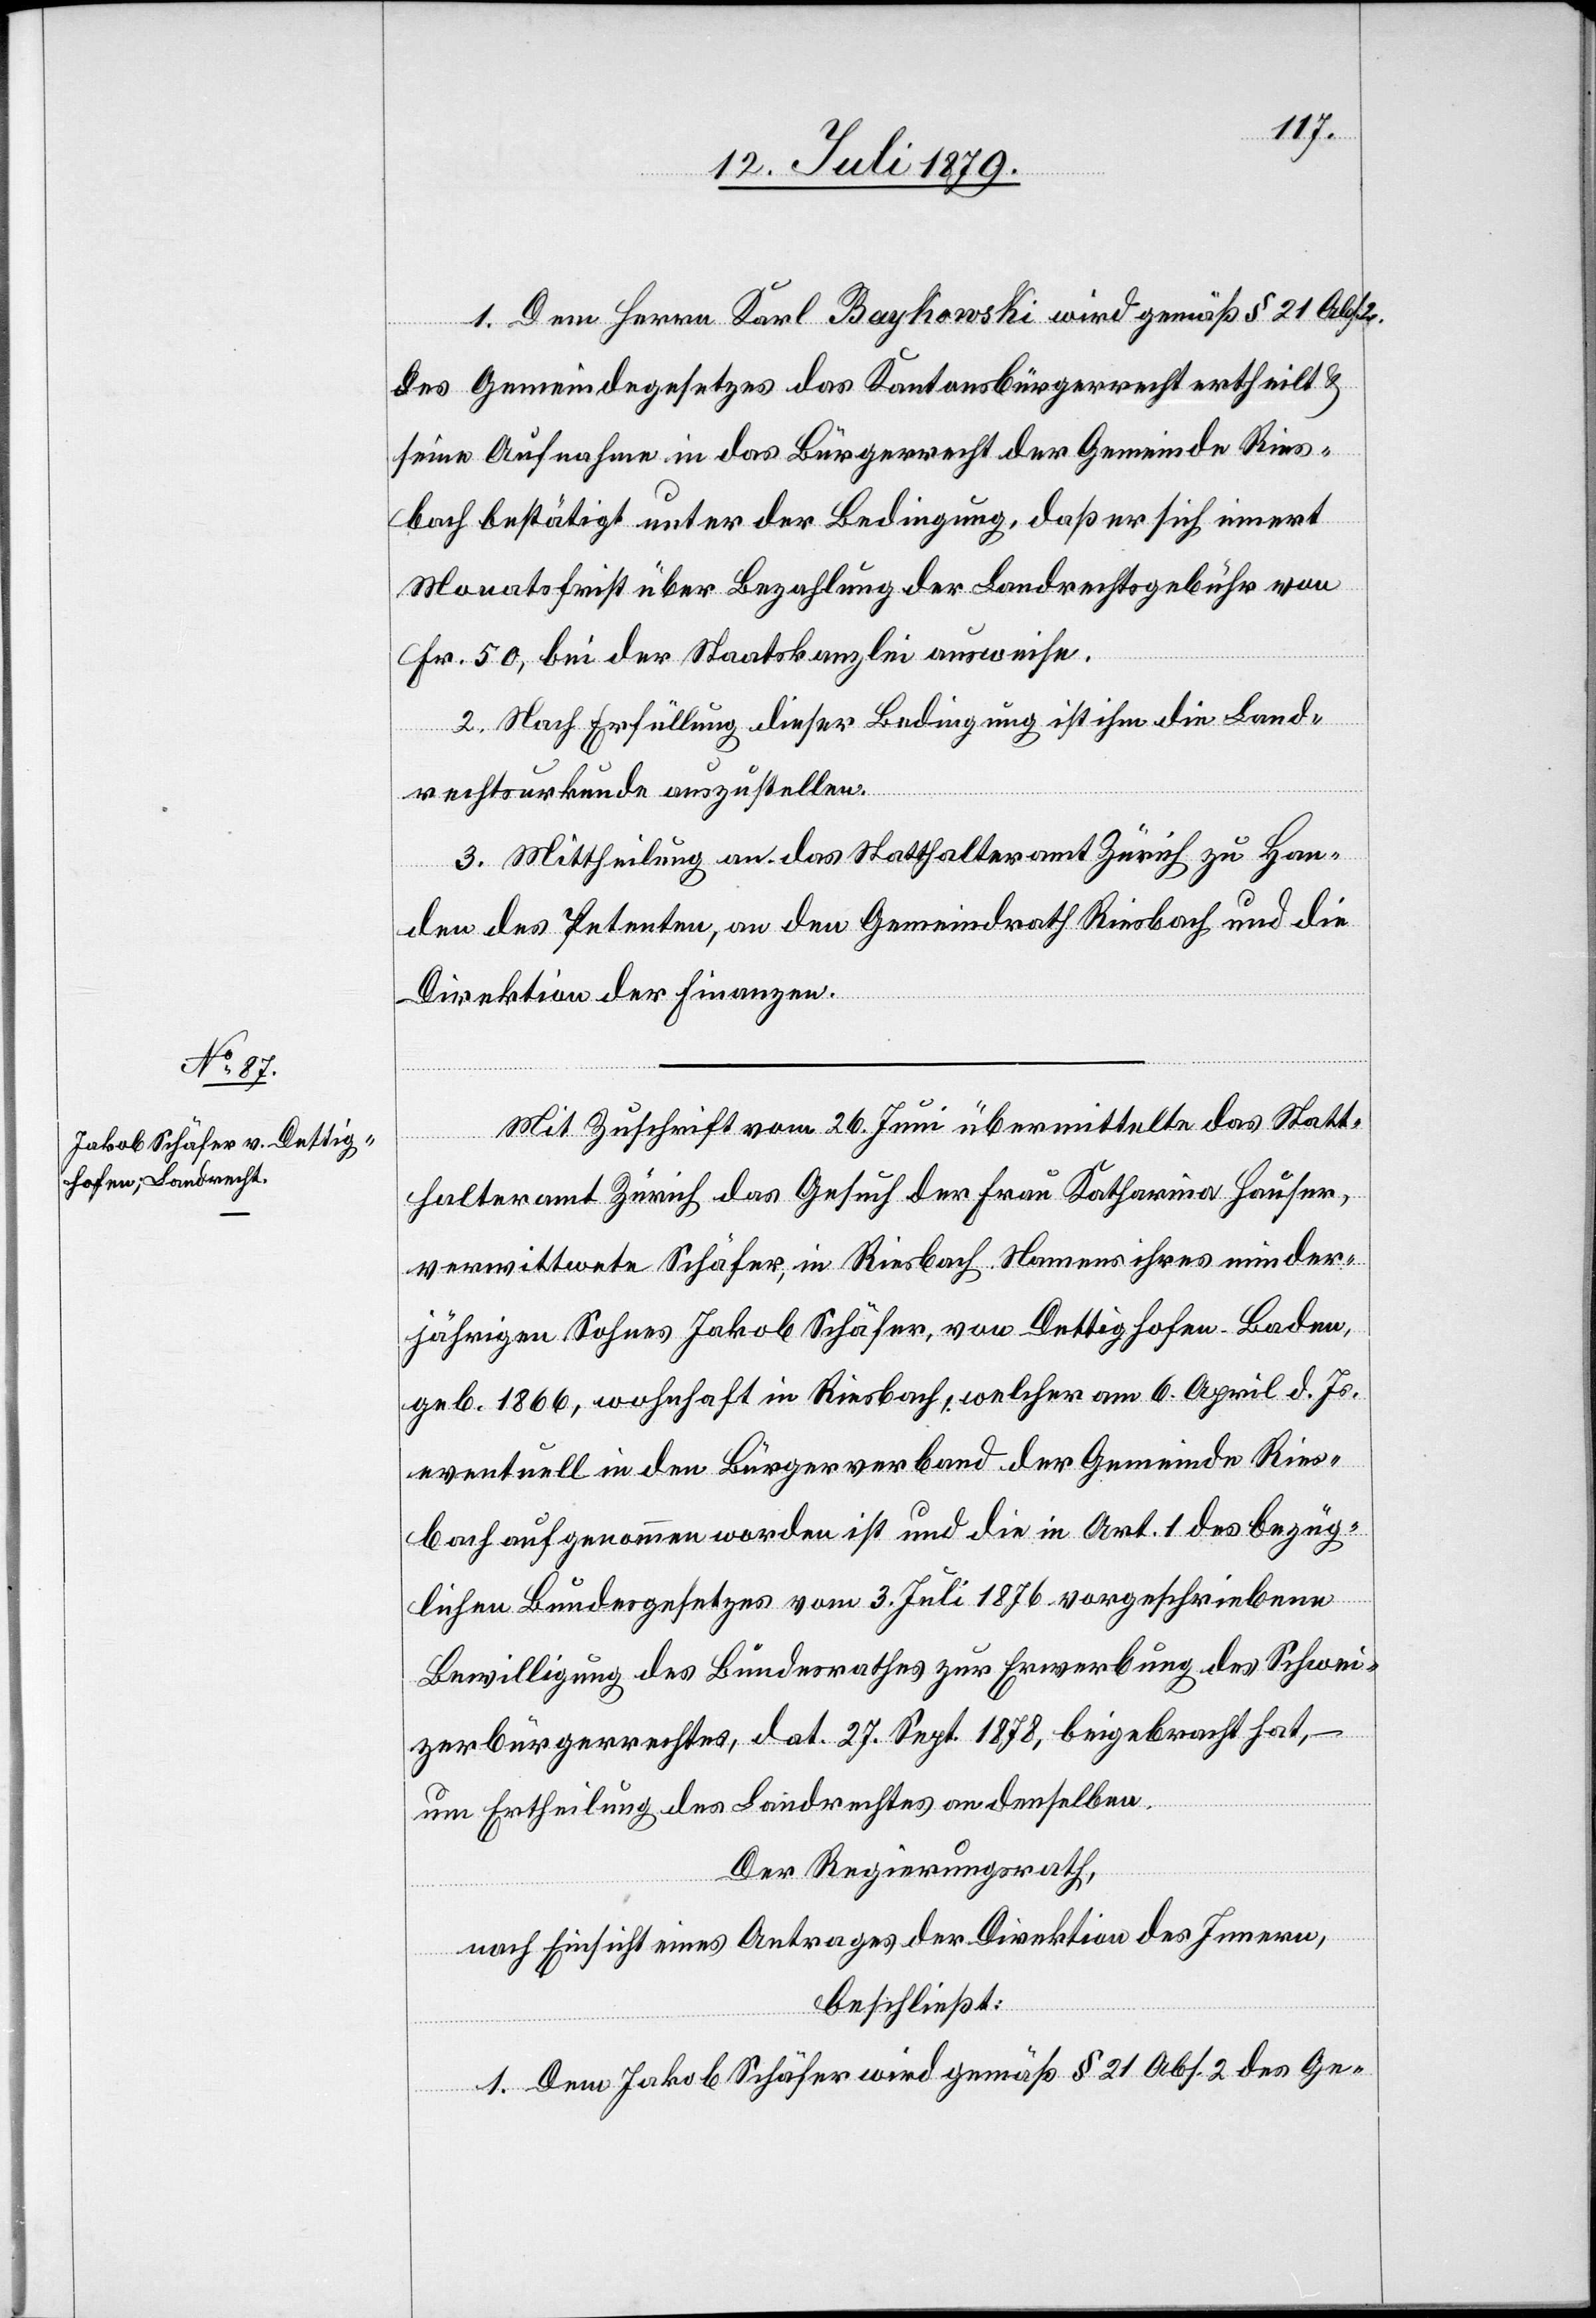
1. Dem Herrn Karl Baykowski wird gemäß § 21 Abs.
des Gemeindegesetzes das Kantonsbürgerrecht ertheilt &
seine Aufnahme in das Bürgerrecht der Gemeinde Ries¬
bach bestätigt unter der Bedingung, daß er sich innert
Monatsfrist über Bezahlung der Landrechtsgebühr von
Fr. 50, bei der Staatskanzlei ausweise.
2. Nach Erfüllung dieser Bedingung ist ihm die Land¬
rechtsurkunde auszustellen.
3. Mittheilung an das Statthalteramt Zürich zu Han¬
den des Petenten, an den Gemeindrath Riesbach und die
Direktion der Finanzen.
Mit Zuschrift vom 26. Juni übermittelte das Statt¬
halteramt Zürich das Gesuch der Frau Katharina Hauser,
verwittwete Schäfer, in Riesbach Namens ihres minder¬
jährigen Sohnes Jakob Schäfer, von Dettighofen - Baden,
geb. 1866, wohnhaft in Riesbach, welcher am 6. April d. Js.
eventuell in den Bürgerverband der Gemeinde Ries¬
bach aufgenommen worden ist und die in Art. 1 des bezüg¬
lichen Bundesgesetzes vom 3. Juli 1876 vorgeschriebene
Bewilligung des Bundesrathes zur Erwerbung des Schwei¬
zerbürgerrechtes, dat. 27. Sept. 1878, beigebracht hat,
um Ertheilung des Landrechtes an denselben.
Der Regierungsrath,
nach Einsicht eines Antrages der Direktion des Innern,
beschließt:
1. Dem Jakob Schäfer wird gemäß § 21 Abs. 2 des Ge-